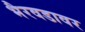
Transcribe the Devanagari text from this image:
भैरवडावर